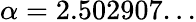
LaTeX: \alpha=2.502907...